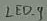
Text: LED_9